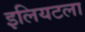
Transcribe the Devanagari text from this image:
इलियटला